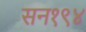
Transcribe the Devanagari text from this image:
सन१९४